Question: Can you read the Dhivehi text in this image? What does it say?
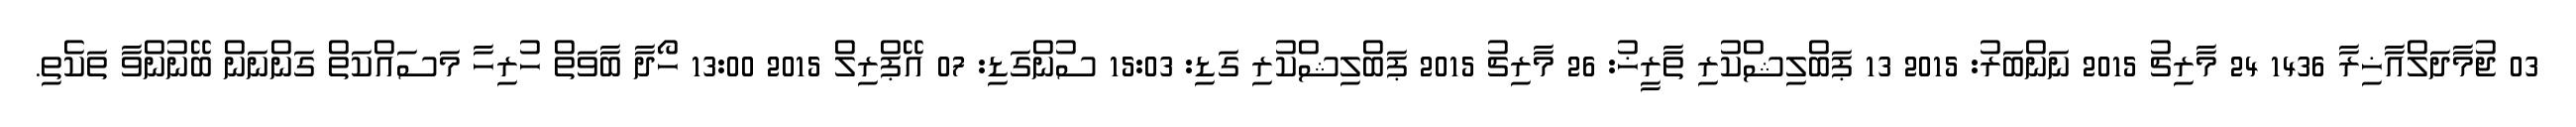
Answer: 03 ޖުމާދަލްއާޚިރާ 1436 24 މާރިޗު 2015 ނަންބަރު: 2015 13 ޕަބްލިޝްކުރި ތާރީޚު: 26 މާރިޗު 2015 ޕަބްލިޝްކުރި ގަޑި: 15:03 ސުންގަޑި: 07 އޭޕްރިލް 2015 13:00 ހޯދާ ބާވަތް ހުރިހާ މަސައްކަތް ގަންނަން ބޭނުންވާ ތަކެތި.